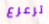
ترعرع